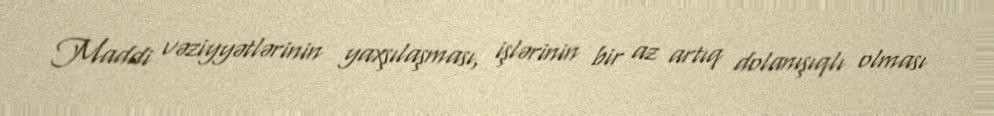
Maddi vəziyyətlərinin yaxşılaşması, işlərinin bir az artıq dolanışıqlı olması